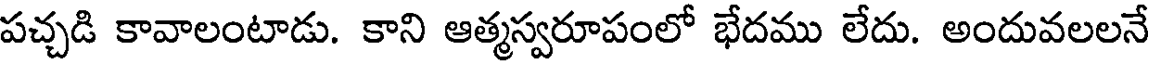
పచ్చడి కావాలంటాడు. కాని ఆత్మస్వరూపంలో భేదము లేదు. అందువలలనే